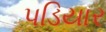
પડિયાર